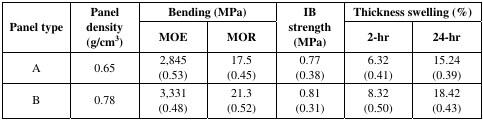
<table><thead><tr><td rowspan="2"><b>Panel type</b></td><td rowspan="2"><b>Panel density (g/cm<sup>3</sup>)</b></td><td colspan="2"><b>Bending (MPa)</b></td><td rowspan="2"><b>IB strength (MPa)</b></td><td colspan="2"><b>Thickness swelling (%)</b></td></tr><tr><td><b>MOE</b></td><td><b>MOR</b></td><td><b>2-hr</b></td><td><b>24-hr</b></td></tr></thead><tbody><tr><td>A</td><td>0.65</td><td>2,845 (0.53)</td><td>17.5 (0.45)</td><td>0.77 (0.38)</td><td>6.32 (0.41)</td><td>15.24 (0.39)</td></tr><tr><td>B</td><td>0.78</td><td>3,331 (0.48)</td><td>21.3 (0.52)</td><td>0.81 (0.31)</td><td>8.32 (0.50)</td><td>18.42 (0.43)</td></tr></tbody></table>